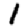
Digit: 1